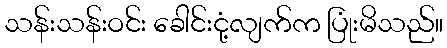
သန်းသန်းဝင်း ခေါင်းငုံ့လျက်က ပြုံးမိသည်။